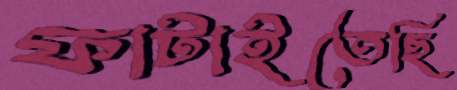
ফাটাইতেছি